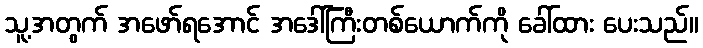
သူ့အတွက် အဖော်ရအောင် အဒေါ်ကြီးတစ်ယောက်ကို ခေါ်ထား ပေးသည်။